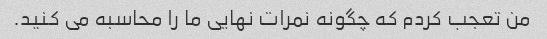
من تعجب کردم که چگونه نمرات نهایی ما را محاسبه می کنید.